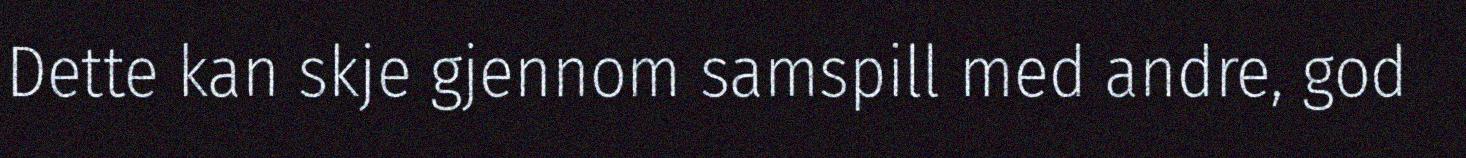
Dette kan skje gjennom samspill med andre, god